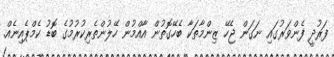
ފަރުދީ ފެންވަރުގައި ނަގަން ޖެހޭ ޒިންމާތަކާ ބެހޭގޮތުން އާއްމުން ހޭލުންތެރިކުރުމުގެ ބޮޑު ކެމްޕެއިނެއް.